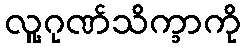
လူ့ဂုဏ်သိက္ခာကို